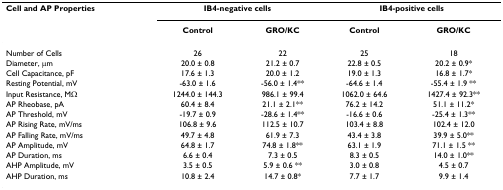
<table><thead><tr><td><b>Cell and AP Properties</b></td><td colspan="2"><b>IB4-negative cells</b></td><td colspan="2"><b>IB4-positive cells</b></td></tr><tr><td></td><td><b>Control</b></td><td><b>GRO/KC</b></td><td><b>Control</b></td><td><b>GRO/KC</b></td></tr></thead><tbody><tr><td>Number of Cells</td><td>26</td><td>22</td><td>25</td><td>18</td></tr><tr><td>Diameter, μm</td><td>20.0 ± 0.8</td><td>21.2 ± 0.7</td><td>22.8 ± 0.5</td><td>20.2 ± 0.9*</td></tr><tr><td>Cell Capacitance, pF</td><td>17.6 ± 1.3</td><td>20.0 ± 1.2</td><td>19.0 ± 1.3</td><td>16.8 ± 1.7*</td></tr><tr><td>Resting Potential, mV</td><td>-63.0 ± 1.6</td><td>-56.0 ± 1.4**</td><td>-64.6 ± 1.4</td><td>-55.4 ± 1.9 **</td></tr><tr><td>Input Resistance, MΩ</td><td>1244.0 ± 144.3</td><td>986.1 ± 99.4</td><td>1062.0 ± 64.6</td><td>1427.4 ± 92.3**</td></tr><tr><td>AP Rheobase, pA</td><td>60.4 ± 8.4</td><td>21.1 ± 2.1**</td><td>76.2 ± 14.2</td><td>51.1 ± 11.2*</td></tr><tr><td>AP Threshold, mV</td><td>-19.7 ± 0.9</td><td>-28.6 ± 1.4**</td><td>-16.6 ± 0.6</td><td>-25.4 ± 1.3**</td></tr><tr><td>AP Rising Rate, mV/ms</td><td>106.8 ± 9.6</td><td>112.5 ± 10.7</td><td>103.4 ± 8.8</td><td>102.4 ± 12.0</td></tr><tr><td>AP Falling Rate, mV/ms</td><td>49.7 ± 4.8</td><td>61.9 ± 7.3</td><td>43.4 ± 3.8</td><td>39.9 ± 5.0**</td></tr><tr><td>AP Amplitude, mV</td><td>64.8 ± 1.7</td><td>74.8 ± 1.8**</td><td>63.1 ± 1.9</td><td>71.1 ± 1.5 **</td></tr><tr><td>AP Duration, ms</td><td>6.6 ± 0.4</td><td>7.3 ± 0.5</td><td>8.3 ± 0.5</td><td>14.0 ± 1.0**</td></tr><tr><td>AHP Amplitude, mV</td><td>3.5 ± 0.5</td><td>5.9 ± 0.6 **</td><td>3.0 ± 0.8</td><td>4.5 ± 0.7</td></tr><tr><td>AHP Duration, ms</td><td>10.8 ± 2.4</td><td>14.7 ± 0.8*</td><td>7.7 ± 1.7</td><td>9.9 ± 1.4</td></tr></tbody></table>